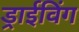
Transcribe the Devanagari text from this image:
ड्राईविंग